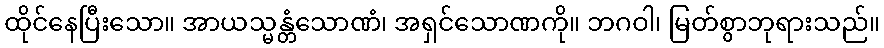
ထိုင်နေပြီးသော။ အာယသ္မန္တံသောဏံ၊ အရှင်သောဏကို။ ဘဂဝါ၊ မြတ်စွာဘုရားသည်။